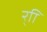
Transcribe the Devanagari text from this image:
र्‍ाि